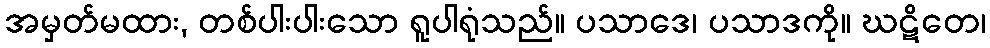
အမှတ်မထား, တစ်ပါးပါးသော ရူပါရုံသည်။ ပသာဒေ၊ ပသာဒကို။ ဃဋိတေ၊